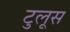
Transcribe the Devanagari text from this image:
टुलूस